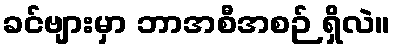
ခင်ဗျားမှာ ဘာအစီအစဉ် ရှိလဲ။